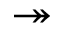
\twoheadrightarrow